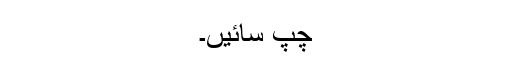
چُپ سائیں۔